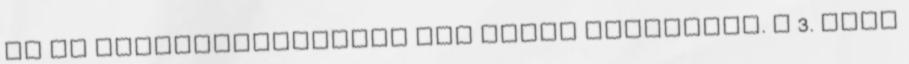
én az előterjesztésben nem látok kiolvasni. A 3. pont